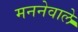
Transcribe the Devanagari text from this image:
मननेवाले